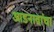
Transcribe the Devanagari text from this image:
आडनावांचा